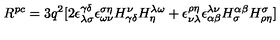
R ^ { p c } = 3 q ^ { 2 } [ 2 \epsilon _ { \lambda \sigma } ^ { \gamma \delta } \epsilon _ { \omega \nu } ^ { \sigma \eta } H _ { \gamma \delta } ^ { \nu } H _ { \eta } ^ { \lambda \omega } + \epsilon _ { \nu \lambda } ^ { \rho \eta } \epsilon _ { \alpha \beta } ^ { \lambda \nu } H _ { \sigma } ^ { \alpha \beta } H _ { \rho \eta } ^ { \sigma } ]